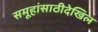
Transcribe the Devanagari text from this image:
समूहांसाठीदेखिल